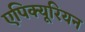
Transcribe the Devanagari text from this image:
एपिक्यूरियन